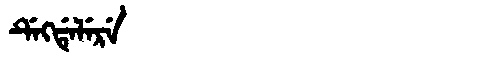
Manchu: ᡩᡝᡴᡩᡝᠯᡝᡵᡝ
Romanization: DEKDELERE